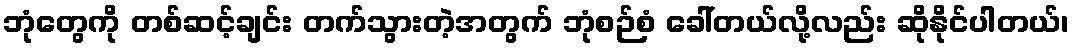
ဘုံတွေကို တစ်ဆင့်ချင်း တက်သွားတဲ့အတွက် ဘုံစဉ်စံ ခေါ်တယ်လို့လည်း ဆိုနိုင်ပါတယ်၊